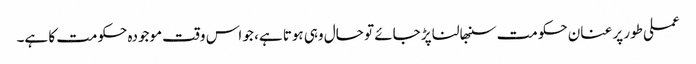
عملی طور پر عنان حکومت سنبھالنا پڑ جائے تو حال وہی ہوتا ہے، جو اس وقت موجودہ حکومت کا ہے۔